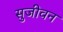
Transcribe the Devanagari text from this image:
सुजीवन